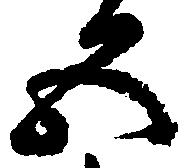
五